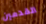
القدمين